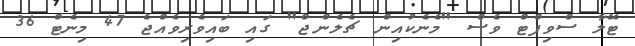
ޓޭލާ ސްވިފްޓް ވެސް "މެނެކުއިން ޗެލެންޖް" ގައި ބައިވެރިވެއްޖެ 47 މިނެޓް 36